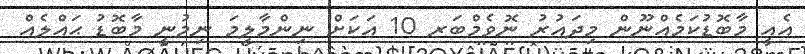
އެއީ މާބޮޑުކަމެއްނޫން މިދައުރު ނޮވެމްބަރ 10 އަކަށް ނިންމާލީމަ ނިމުނީ މާބޮޑު ޙައްލެއް